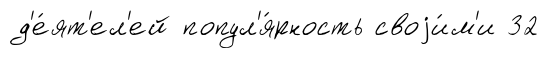
д'е́ят'ел'ей попул'я́рность своjи́м'и 32